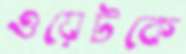
ওয়েটকে